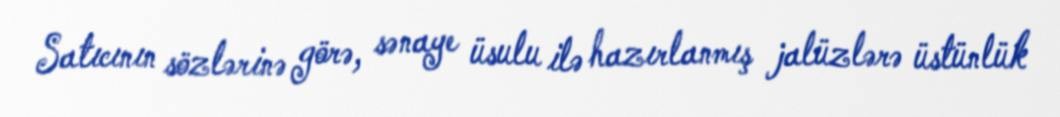
Satıcının sözlərinə görə, sənaye üsulu ilə hazırlanmış jalüzlərə üstünlük